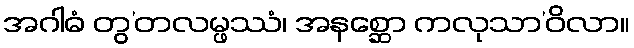
အဂါဓံ တွ’တလမ္ဖဿံ၊ အနစ္ဆော ကလုသာ’ဝိလာ။